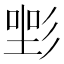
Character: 𢒡